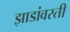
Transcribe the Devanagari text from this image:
झाडांवरती